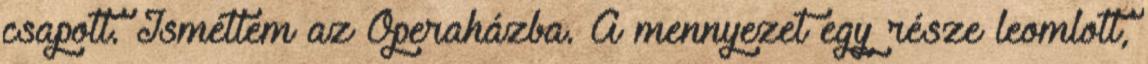
csapott. Ismétlem az Operaházba. A mennyezet egy része leomlott,